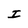
Character: I